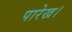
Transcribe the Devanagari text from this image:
पारेख।